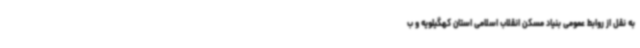
به نقل از روابط عمومی بنیاد مسکن انقلاب اسلامی استان کهگیلویه و ب